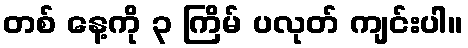
တစ် နေ့ကို ၃ ကြိမ် ပလုတ် ကျင်းပါ။